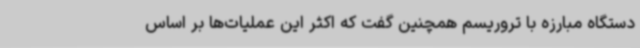
دستگاه مبارزه با تروریسم همچنین گفت که اکثر این عملیات‌ها بر اساس